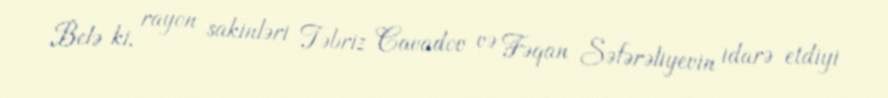
Belə ki, rayon sakinləri Təbriz Cavadov və Fəqan Səfərəliyevin idarə etdiyi